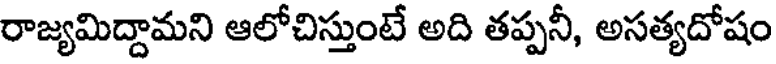
రాజ్యమిద్దామని ఆలోచిస్తుంటే అది తప్పనీ, అసత్యదోషం